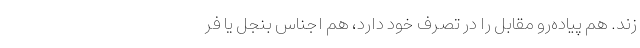
‌‌زند. هم پیاده‌رو مقابل را در تصرف خود دارد، هم اجناس بنجل یا فر